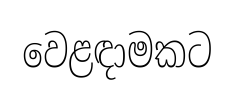
වෙළඳාමකට